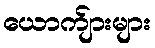
ယောက်ျားများ